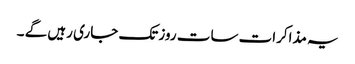
یہ مذاکرات سات روز تک جاری رہیں گے ۔